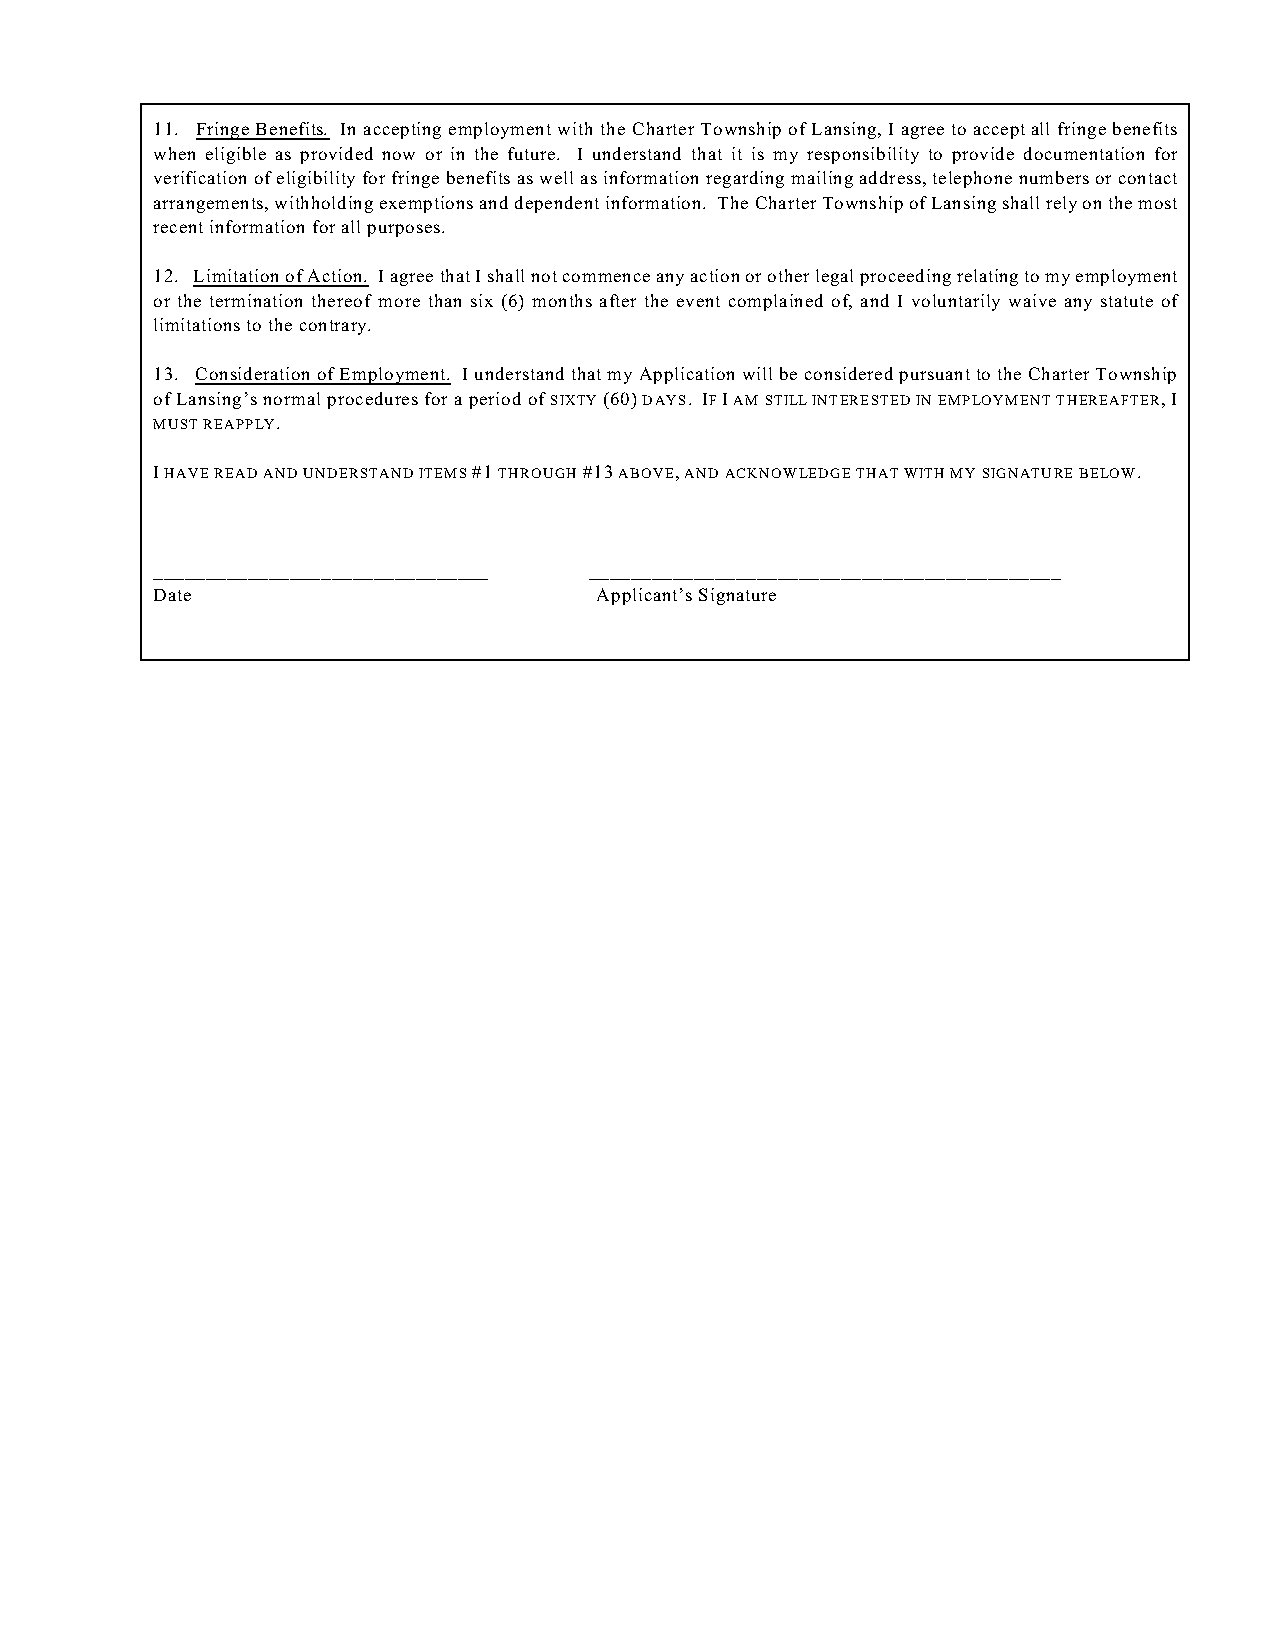
11. Fringe Benefits. In accepting employment with the Charter Township of Lansing, I agree to accept all fringe benefits
 when eligible as provided now or in the future. I understand that it is my responsibility to provide documentation for
 verification of eligibility for fringe benefits as well as information regarding mailing address, telephone numbers or contact
 arrangements, withholding exemptions and dependent information. The Charter Township of Lansing shall rely on the most
 recent information for all purposes.
 12. Limitation of Action. I agree that I shall not commence any action or other legal proceeding relating to my employment
 or the termination thereof more than six (6) months after the event complained of, and I voluntarily waive any statute of
 limitations to the contrary.
 13. Consideration of Employment. I understand that my Application will be considered pursuant to the Charter Township
 of Lansing’s normal procedures for a period of SIXTY (60) DAYS. IF I AM STILL INTERESTED IN EMPLOYMENT THEREAFTER, I
 MUST REAPPLY.
 I HAVE READ AND UNDERSTAND ITEMS #1 THROUGH #13 ABOVE, AND ACKNOWLEDGE THAT WITH MY SIGNATURE BELOW.
 ________________________________ _____________________________________________
 Date                         Applicant’s Signature